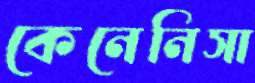
কেনেনিসা